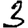
Digit: 3